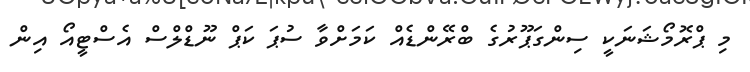
މި ޕްރޮމޯޝަނަކީ ސިންގަޕޫރުގެ ބްރޭންޑެއް ކަމަށްވާ ސުޕަ ކަޕް ނޫޑްލްސް އެސްޓީއޯ އިން